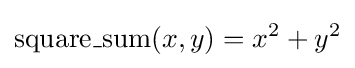
\operatorname {square\_sum} (x,y)=x^{2}+y^{2}